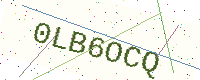
Text: 0LB6OCQ